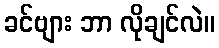
ခင်ဗျား ဘာ လိုချင်လဲ။